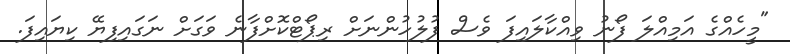
"މީހެއްގެ އަމިއްލަ ފޯނު ވިއްކާލައިފަ ވެސް ފުލުހުންނަށް ރިޕޯޓްކޮށްފާނެ ވަގަށް ނަގައިފިޔޭ ކިޔައިފަ.